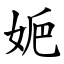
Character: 㛂